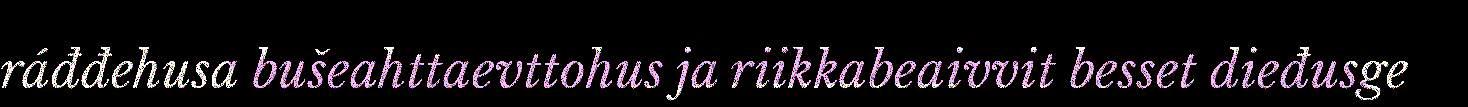
ráđđehusa bušeahttaevttohus ja riikkabeaivvit besset dieđusge